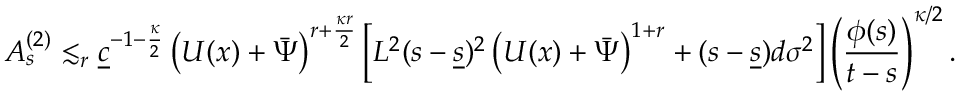
A _ { s } ^ { ( 2 ) } \lesssim _ { r } \underline { { c } } ^ { - 1 - \frac { \kappa } { 2 } } \left( U ( x ) + \bar { \Psi } \right) ^ { r + \frac { \kappa r } { 2 } } \left[ L ^ { 2 } ( s - \underline { { s } } ) ^ { 2 } \left( U ( x ) + \bar { \Psi } \right) ^ { 1 + r } + ( s - \underline { { s } } ) d \sigma ^ { 2 } \right] \left( \frac { \phi ( s ) } { t - s } \right) ^ { \kappa / 2 } .